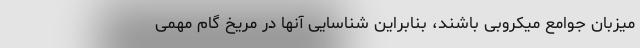
میزبان جوامع میکروبی باشند، بنابراین شناسایی آنها در مریخ گام مهمی